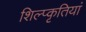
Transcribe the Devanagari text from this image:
शिल्प्कृतियां